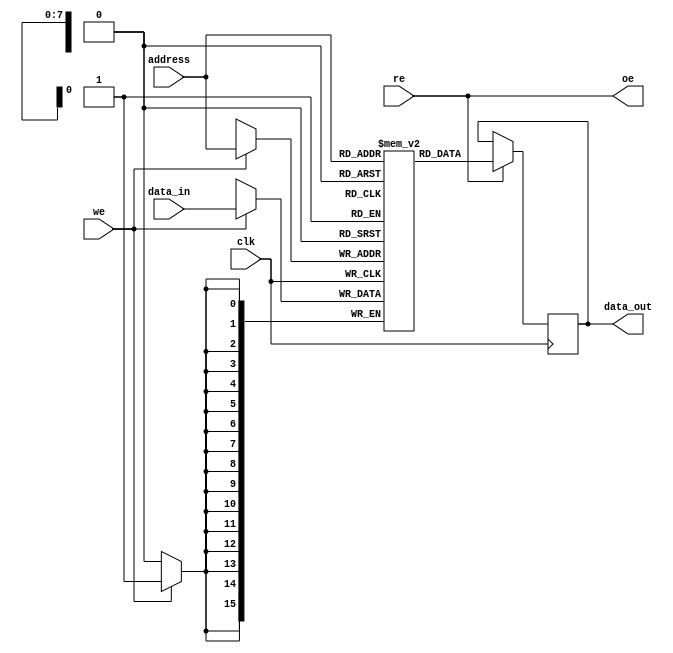
module qdr_sram (
  input wire clk,
  input wire [7:0] address,
  input wire we,
  input wire re,
  input wire [15:0] data_in,
  output reg [15:0] data_out,
  output reg oe
);

reg [15:0] memory [0:255];

always @ (posedge clk) begin
  if (we) begin
    memory[address] <= data_in;
  end
  if (re) begin
    data_out <= memory[address];
  end
end

assign oe = re;

endmodule